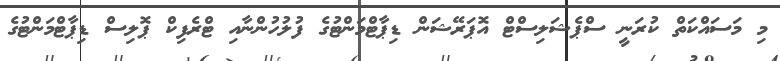
މި މަސައްކަތް ކުރަނީ ސްޕެޝަލިސްޓް އޮޕަރޭޝަން ޑިޕާޓްމަންޓުގެ ފުލުހުންނާއި ޓްރެފިކް ޕޮލިސް ޑިޕާޓްމަންޓުގެ